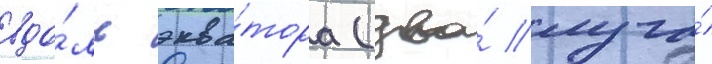
вдо́ль эква́тора (два́ луча́